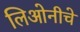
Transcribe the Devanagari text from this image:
लिओनीचे